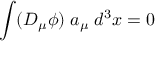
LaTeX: \int ( D _ { \mu } \phi ) \; a _ { \mu } \; d ^ { 3 } x = 0